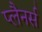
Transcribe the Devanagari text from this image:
प्लैनर्स